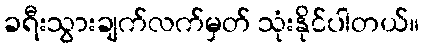
ခရီးသွားချက်လက်မှတ် သုံးနိုင်ပါတယ်။